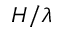
H / \lambda